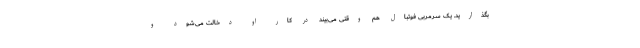
بگذارید. یک سرمربی فوتبال هم وقتی می‌بیند در کار او دخالت می‌شود و